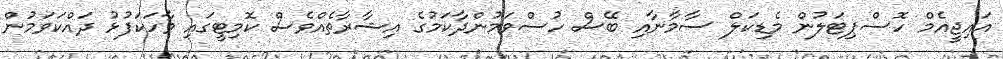
އައިޖީއެމް ހޮސްޕިޓަލުން މެޑިކަލް ސާމާނާއި ބޭސް ހުސްވަމުންދާކަމުގެ އިޝާރާތެއްވެސް ކޮމިޓީގައި ވާހަކަފުޅު ދައްކަވަމުން